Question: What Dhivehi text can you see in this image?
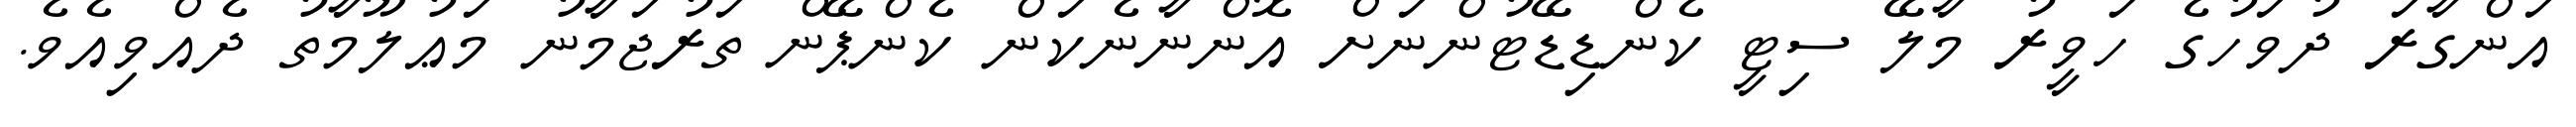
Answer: އަންގާރަ ދުވަހުގެ ހަވީރު މާލޭ ސިޓީ ކެންޑިޑޭޓުންނަށް އޮންނާނެކަން ކެންޕޭން ތަރުޖަމާނު މަޢުލޫމާތު ދެއްވިއެވެ.